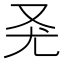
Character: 𠬭